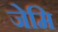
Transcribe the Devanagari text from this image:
जेमि